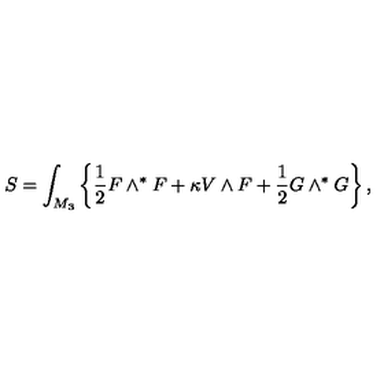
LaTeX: S = \int _ { M _ { 3 } } \left\{ \frac 1 2 F \wedge ^ { * } F + \kappa V \wedge F + \frac 1 2 G \wedge ^ { * } G \right\} ,